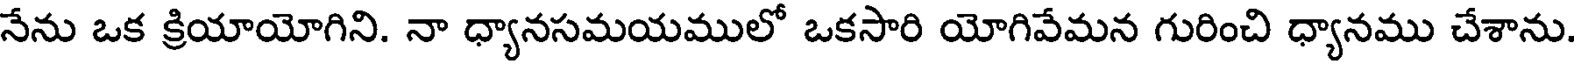
నేను ఒక క్రియాయోగిని. నా ధ్యానసమయములో ఒకసారి యోగివేమన గురించి ధ్యానము చేశాను